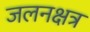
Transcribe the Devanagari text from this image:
जलनक्षत्र